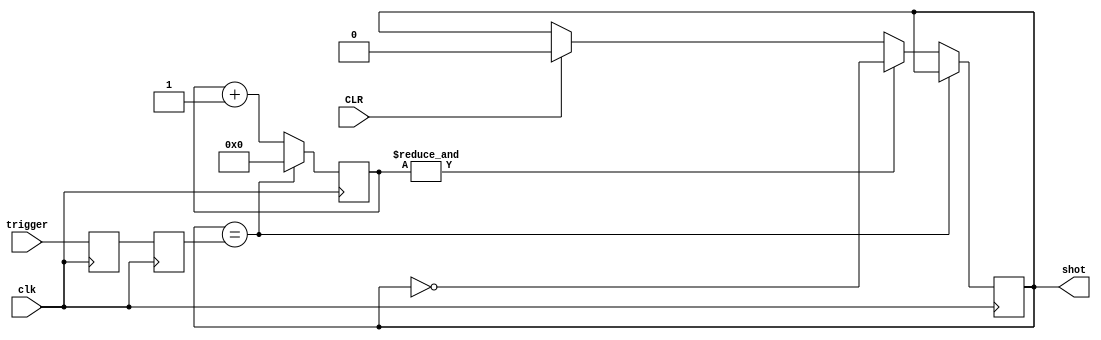
`timescale 1ns / 1ps
//////////////////////////////////////////////////////////////////////////////////
// Company: 
// Engineer: 
// 
// Design Name: 
// Module Name:    gun 
// Project Name: 
// Target Devices: 
// Tool versions: 
// Description: 
//
// Dependencies: 
//
// Revision: 
// Revision 0.01 - File Created
// Additional Comments: 
//
//////////////////////////////////////////////////////////////////////////////////
module gun(
    input clk,
	 input CLR,
    input trigger,  // "trigger" is the glitchy, asynchronous to clk, active low push-button signal
	 output shot
);

	// First use two flip-flops to synchronize the trigger signal the "clk" clock domain
	reg trigger_sync_0; always @(posedge clk) trigger_sync_0 <= trigger;  
	reg trigger_sync_1; always @(posedge clk) trigger_sync_1 <= trigger_sync_0;

	// Next declare a 16-bits counter
	reg [15:0] trigger_cnt;
	reg trigger_state; // 1 as long as the push-button is active (down)
	
	
	// When the trigger is pushed or released, we increment the counter
	// The counter has to be maxed out before we decide that the push-button state has changed
	wire trigger_idle = (trigger_state==trigger_sync_1);
	wire trigger_cnt_max = &trigger_cnt;	// true when all bits of trigger_cnt are 1's

	always @(posedge clk) begin
		if(CLR) begin
			trigger_cnt <= 0;
			trigger_state <= 0;
		end
		if(trigger_idle) begin
			 trigger_cnt <= 0;  // nothing's going on
			 trigger_state <= trigger_state;
		end
		else begin
			 trigger_cnt <= trigger_cnt + 16'd1;  // something's going on, increment the counter
			 if(trigger_cnt_max) begin
				trigger_state <= ~trigger_state;  // if the counter is maxed out, trigger changed!
			end
		end
	end

	assign shot = trigger_state;
endmodule

module sensor(
    input clk,
	 input CLR,
    input sensor,  // "trigger" is the glitchy, asynchronous to clk, active low push-button signal
	 output hit
);

	// Next declare a 16-bits counter
	reg [20:0] sensor_cnt; //1,670,000
	reg sensor_state; 
	wire sensor_cnt_max = &sensor_cnt;	// true when all bits of sensor_cnt are 1's

	always @(posedge clk) begin
		if(CLR) begin
			sensor_cnt <= 0;
			sensor_state <= 0;
		end
		else begin
			if(sensor) begin
				sensor_state <= 1;
				sensor_cnt <= 0;
			end
			else begin
				if(sensor_cnt_max) begin
					sensor_state <= 0;
					sensor_cnt <= 0;
				end
				else begin 
					sensor_cnt <= sensor_cnt + 1'd1;
					sensor_state <= sensor_state;
				end
			end
		end
	end
	
	assign hit = sensor_state;
endmodule